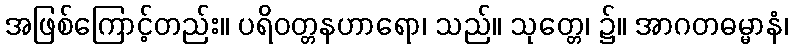
အဖြစ်ကြောင့်တည်း။ ပရိဝတ္တနဟာရော၊ သည်။ သုတ္တေ၊ ၌။ အာဂတဓမ္မာနံ၊